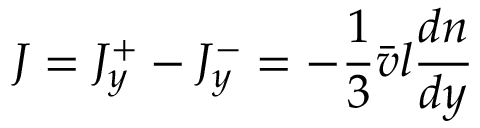
\quad J = J _ { y } ^ { + } - J _ { y } ^ { - } = - { \frac { 1 } { 3 } } { \bar { v } } l { \frac { d n } { d y } }